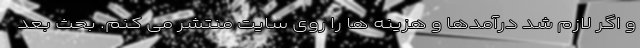
و اگر لازم شد درآمدها و هزینه ها را روی سایت منتشر می کنم. بحث بعد